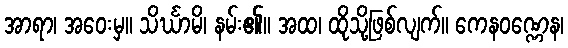
အာရာ၊ အဝေးမှ။ သိင်္ဃာမိ၊ နမ်း၏။ အထ၊ ထိုသို့ဖြစ်လျက်။ ကေနဝဏ္ဏေန၊